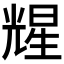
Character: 𪞃